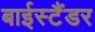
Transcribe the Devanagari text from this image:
बाईस्टैंडर